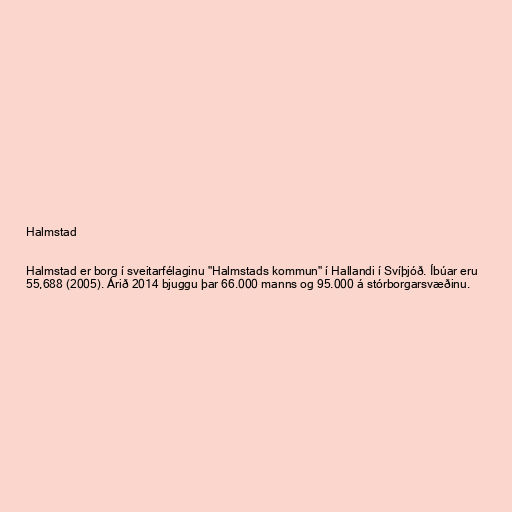
Halmstad

Halmstad er borg í sveitarfélaginu "Halmstads kommun" í Hallandi í Svíþjóð. Íbúar eru
55,688 (2005). Árið 2014 bjuggu þar 66.000 manns og 95.000 á stórborgarsvæðinu.